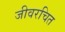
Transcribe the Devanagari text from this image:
जीवरचित